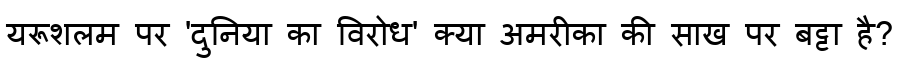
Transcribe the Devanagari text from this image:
यरूशलम पर 'दुनिया का विरोध' क्या अमरीका की साख पर बट्टा है?